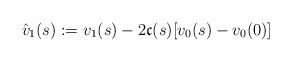
LaTeX: \begin{align*} \hat v_1(s) := v_1(s) -2\mathfrak c (s) [v_0(s)-v_0(0)]\end{align*}